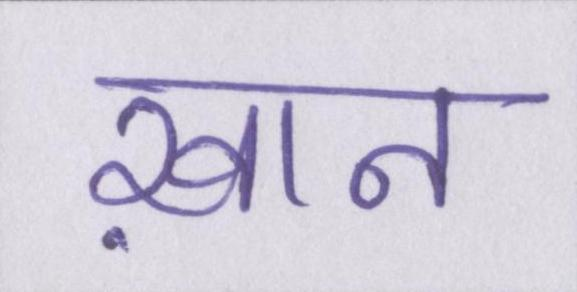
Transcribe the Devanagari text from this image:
ख़ान